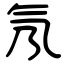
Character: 氖